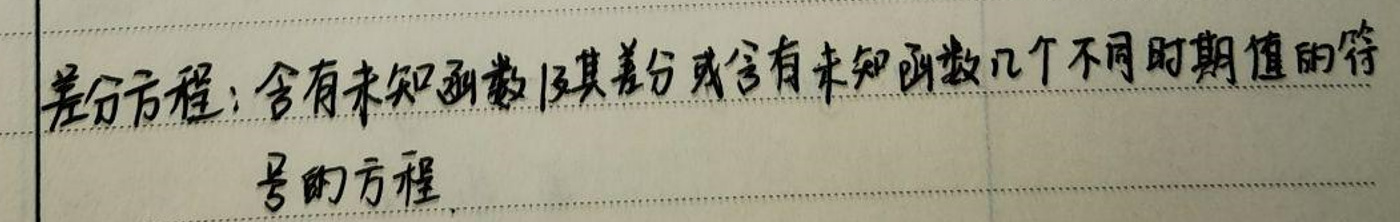
差分方程：含有未知函数及其差分或含有未知函数几个不同时期值的符

号的方程。